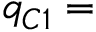
q _ { C 1 } =